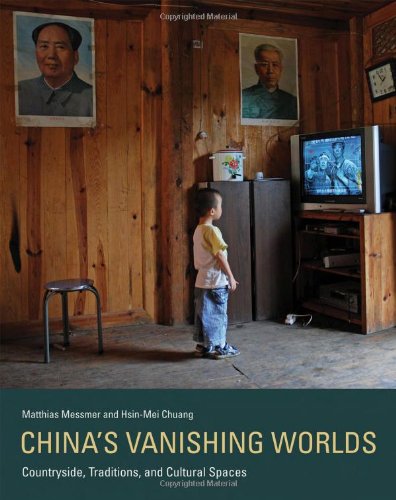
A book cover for China's Vanishing Worlds: Countryside, Traditions, and Cultural Spaces; Matthias Messmer; Politics & Social Sciences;